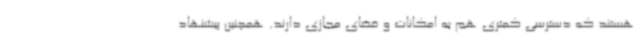
هستند که دسترسی کمتری هم به امکانات و فضای مجازی دارند. همچنین پیشنهاد